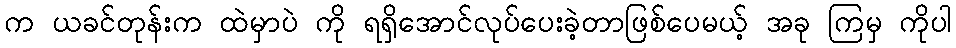
က ယခင်တုန်းက ထဲမှာပဲ ကို ရရှိအောင်လုပ်ပေးခဲ့တာဖြစ်ပေမယ့် အခု ကြမှ ကိုပါ